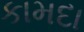
કામદા